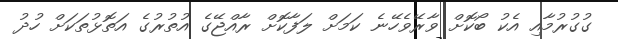
ގުގުރުމާއި އެކު ބޯކޮށް ވާރޭވެހޭނެ ކަމަށް ލަފާކޮށް ރާއްޖޭގެ އުތުރުގެ އަތޮޅުތަކަށް ހުދު